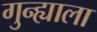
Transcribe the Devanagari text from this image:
गुन्ह्याला